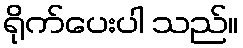
ရိုက်ပေးပါ သည်။